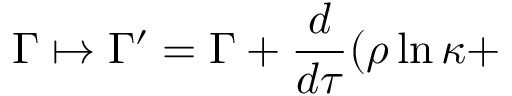
\Gamma \mapsto \Gamma ^ { \prime } = \Gamma + \frac { d } { d \tau } ( \rho \ln \kappa +